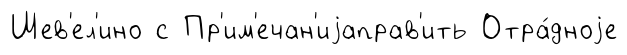
Шев'ел'ино с Пр'им'ечан'иjаправ'ить Отра́дноjе